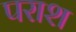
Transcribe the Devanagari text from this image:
पराश